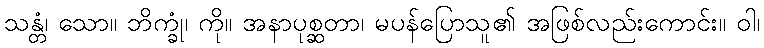
သန္တံ၊ သော။ ဘိက္ခုံ၊ ကို။ အနာပုစ္ဆတာ၊ မပန်ပြောသူ၏ အဖြစ်လည်းကောင်း။ ဝါ၊